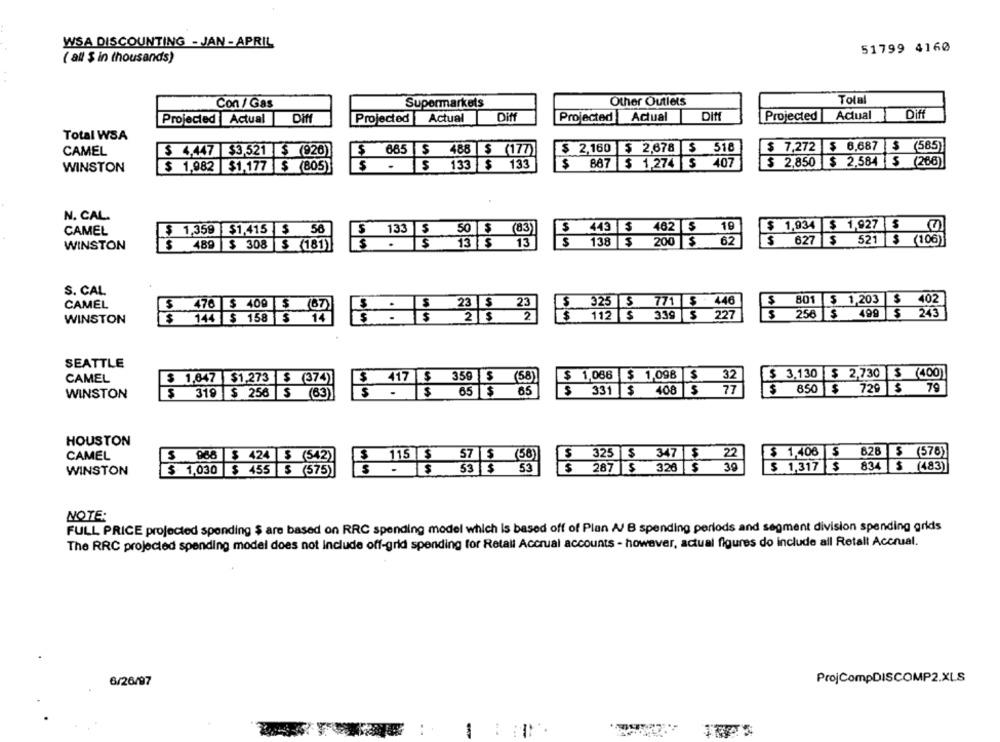
WSA DISCOUNTING - JAN - APRIL
51799 4160
( all $ in thousands)
Con / Gas
Supermarkets
Other Outlets
Total
Dif
Projected Actual
Diff
Projected
Actual
Diff
Projected
Actual
Dif
Projected Actual
Total WSA
$ 2,160 $ 2,678 $ 518
$ 7,272 $ 6,687 $ (585)
CAMEL
$ 4,447 $3,521 $ (920)
$ 685 $ 488 $ (177)
$ 887 $ 1,274 $ 407
$ 2,850 $ 2.584 $ (266)
WINSTON
$ 1,982 $1,177 $ (805)
$ - $ 133 $ 133
N. CAL.
CAMEL
$ 1,359 $1,415 $ 56
$ 443 $ 462 $ 19
$ 1,934 $ 1,927 $ @
$ 133 $ 50 $ (83)]
$ 489 $ 308 $ (181)
$ . |$ 13|$ 13
$ 138 $ 200 $ 62
$ 627 $ 521 $ (106)
WINSTON
S. CAL
CAMEL
325 $ 771 $ 446
$ 801 $ 1,203
$ 402
402
476 $ 409 $ (67)
WINSTON
144 $ 158 $ 14
$ 2/ $ 2
$ 112 |5
339 $ 2
$ 256 $
499
$ 243
SEATTLE
CAMEL
1,647 $1.273 $ (374))
$ 1,068
$ 1,098
$
32
$ 3,130 $ 2,730 $ (400]
$ 417 $ 359 $ (58)
$ 331 $ 408 $ 77
$ 850 $ 729 $ 79
WINSTON
$ 319 $ 256 $ (63)]
$ - $ 65 $ 65
HOUSTON
$ 1,406 $ 628 $ (578)
CAMEL
$ 968 $ 424 $ (542)
$ 115 $
57 $ (58)
$ 325 $ 347 $
22
39
834 $ (483)
WINSTON
$ 1,030 $ 455 $ (575)
53 $ 53
$
287 $ 328 $
$ 1,317 $
NOTE:
FULL PRICE projected spending $ are based on RRC spending model which is based off of Plan A/ B spending periods and segment division spending grids
The RRC projected spending model does not Include off-grid spending for Retail Accrual accounts - however, actual figures do include all Retall Accrual.
6/26/97
ProjCompDISCOMP2.XLS